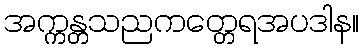
အက္ကန္တသညကတ္တေရအပဒါန။